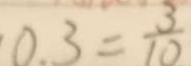
0 . 3 = \frac { 3 } { 1 0 }